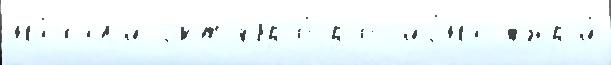
на́чал'и окт'ябр'е́ р'ег'ио́на жюр'и́